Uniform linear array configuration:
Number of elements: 8
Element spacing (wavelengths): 0.25
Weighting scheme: exponential
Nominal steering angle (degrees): -30
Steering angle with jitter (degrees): -30.954
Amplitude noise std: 0.05
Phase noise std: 0.05

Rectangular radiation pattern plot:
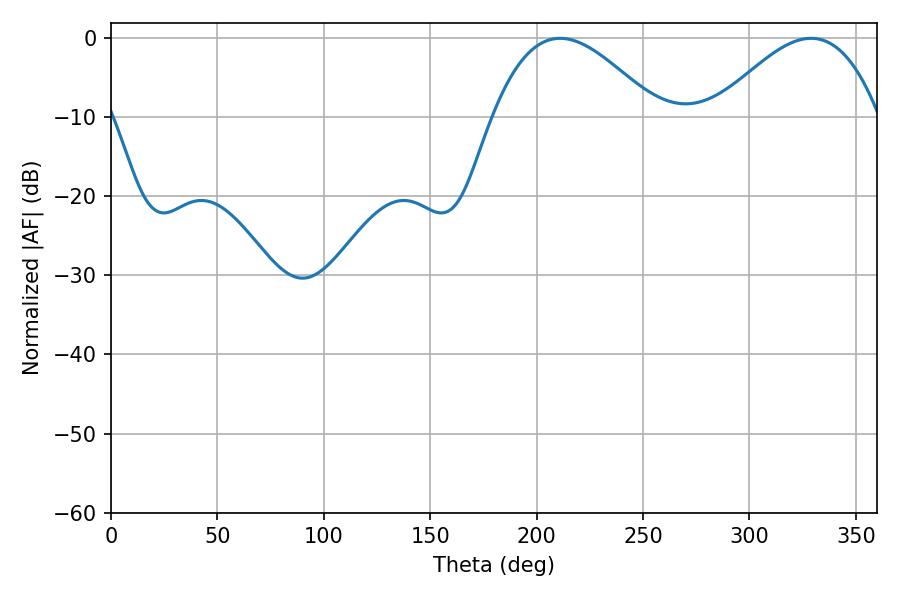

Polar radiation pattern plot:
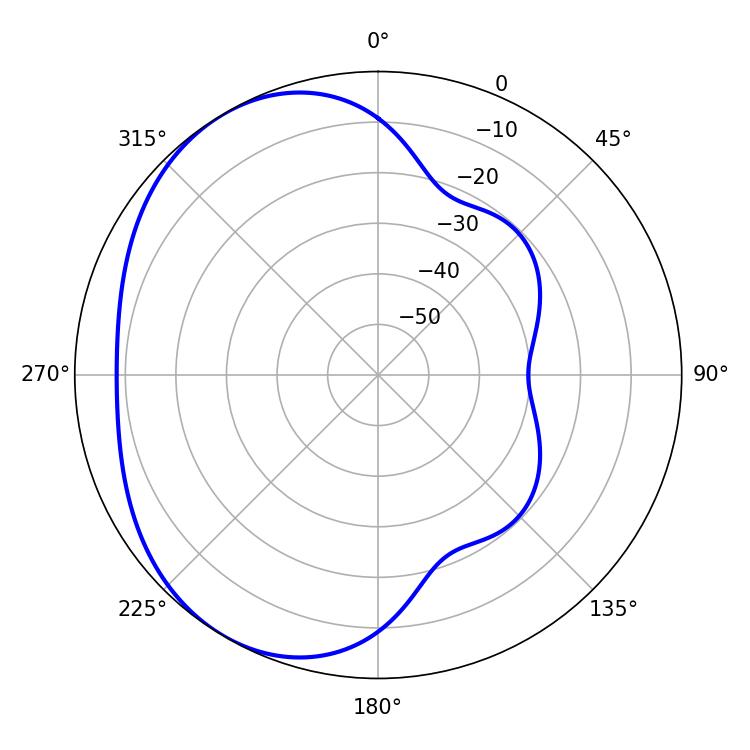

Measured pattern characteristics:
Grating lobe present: FALSE
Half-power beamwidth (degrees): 41.76
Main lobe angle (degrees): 210.96